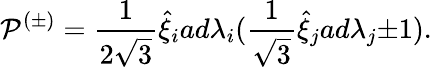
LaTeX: {\cal P}^{(\pm)}=\frac{1}{2\sqrt{3}}{\hat{\xi}}_{i}ad{\lambda}_{i}(\frac{1}{\sqrt 3}\hat{\xi}_{j}ad{\lambda}_{j}{\pm}1).